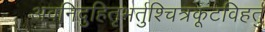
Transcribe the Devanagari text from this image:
अवनिदुहितृभर्तुश्चित्रकूटविहर्तु